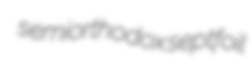
semiorthodox septfoil